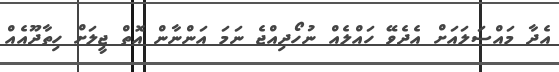
އެދާ މައްސަލައަށް އެދެވޭ ހައްލެއް ނުހޯދިއްޖެ ނަމަ އަންނާން އޮތް ޖީލަށް ހިތާދޫއެއް